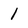
Character: 1